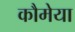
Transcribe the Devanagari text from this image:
कौमेया